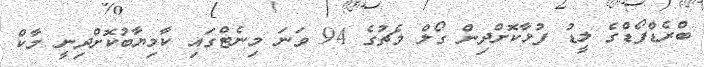
ބްރެޑްފޯޑްގެ ލީޑު ފުޅާކޮށްދިން ގޯލް މެޗުގެ 94 ވަނަ މިނެޓްގައި ކާމިޔާބުކޮށްދިނީ މާކް